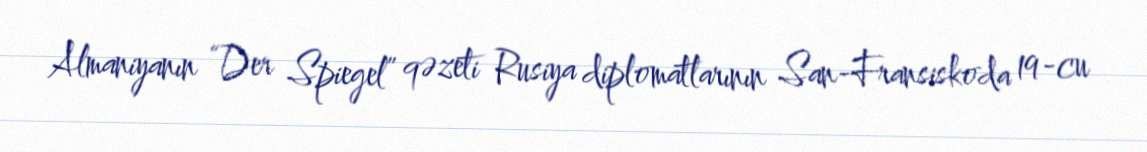
Almaniyanın “Der Spiegel” qəzeti Rusiya diplomatlarının San-Fransiskoda 19-cu